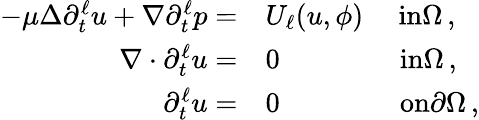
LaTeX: \begin{array}{rl}{-\mu\Delta\partial_{t}^{\ell}u+\nabla\partial_{t}^{\ell}p=}&{U_{\ell}(u,\phi)\quad\ \textrm{in}\Omega\, ,}\\ {\nabla\cdot\partial_{t}^{\ell}u=}&{0\qquad\qquad\ \textrm{in}\Omega\, ,}\\ {\partial_{t}^{\ell}u=}&{0\qquad\qquad\ \textrm{on}\partial\Omega\, ,}\end{array}